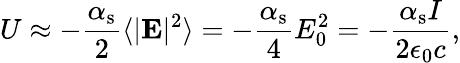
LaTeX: U\approx-\frac{\alpha_{\mathrm{s}}}{2}\langle|\mathbf{E}|^{2}\rangle=-\frac{\alpha_{\mathrm{s}}}{4}E_{0}^{2}=-\frac{\alpha_{\mathrm{s}}I}{2\epsilon_{0}c},